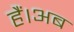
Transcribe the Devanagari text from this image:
हैं।अब